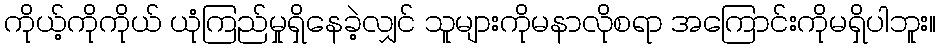
ကိုယ့်ကိုကိုယ် ယုံကြည်မှုရှိနေခဲ့လျှင် သူများကိုမနာလိုစရာ အကြောင်းကိုမရှိပါဘူး။